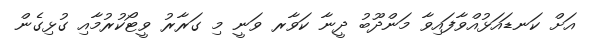
އަށް ކަނޑައަޅުއްވާފައިވާ މަންދޫބު ދީނާ ކަވާރ ވަނީ މި ގަރާރު ވީޓޯކުރުމާއި ގުޅިގެން